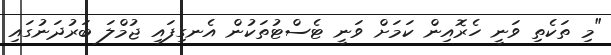
"މި ތަކެތި ވަނީ ހެރޮއިން ކަމަށް ވަނީ ޓެސްޓުތަކުން އެނގިފައި ޖުމްލަ ބަރުދަނުގައި